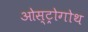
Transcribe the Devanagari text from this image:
ओस्ट्रोगोथ